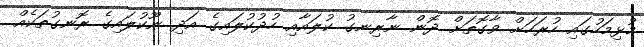
މުޅިމަހުގައި ހުރަހަށް ވާގޮތަށް ދޮން ނާރިނގު ކުލައާއި ހުދުކުލައިގެ އަދި ނޫކުލައިގެ ރޮނގުތަކެއް